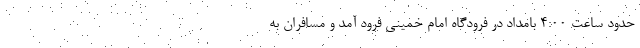
حدود ساعت ۴:۰۰ بامداد در فرودگاه امام خمینی فرود آمد و مسافران به